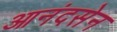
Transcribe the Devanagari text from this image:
आनंदसेन